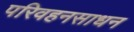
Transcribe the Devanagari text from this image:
परिवहनसाधन